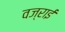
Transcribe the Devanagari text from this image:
वज्राई